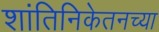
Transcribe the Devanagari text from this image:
शांतिनिकेतनच्या